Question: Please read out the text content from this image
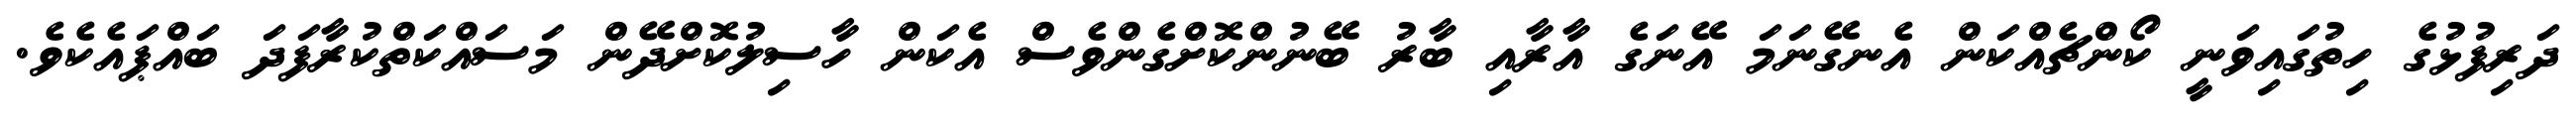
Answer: ދަރިފުޅުގެ ހިތުގައިވަނީ ކޯންޗެއްކަން އެނގޭނަމަ އޭނަގެ އާރާއި ބާރު ބޭނުންކޮށްގެންވެސް އެކަން ހާސިލުކޮށްދޭން މަސައްކަތްކުރާފަދަ ބައްޕައެކެވެ.